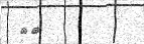
٣٦